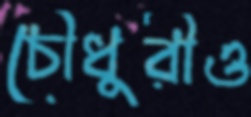
চৌধুরীও